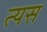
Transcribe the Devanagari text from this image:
त्यस